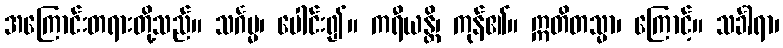
အကြောင်းတရားတို့သည်။ သင်္ဂမ္မ၊ ပေါင်း၍။ ကရီယန္တိ၊ ကုန်၏။ ဣတိတသ္မာ၊ ကြောင့်။ သင်္ခါရာ၊